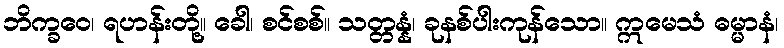
ဘိက္ခဝေ၊ ရဟန်းတို့။ ခေါ၊ စင်စစ်။ သတ္တန္နံ၊ ခုနစ်ပါးကုန်သော။ ဣမေသံ ဓမ္မာနံ၊